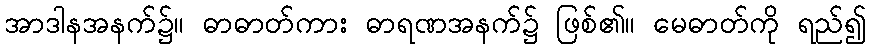
အာဒါနအနက်၌။ ဓာဓာတ်ကား ဓာရဏအနက်၌ ဖြစ်၏။ မေဓာတ်ကို ရည်၍